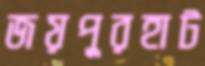
জয়পুরহাট